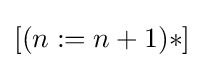
[(n:=n+1)*]\,\!